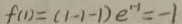
f ( 1 ) = ( 1 - 1 - 1 ) e ^ { n - 1 } = - 1